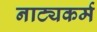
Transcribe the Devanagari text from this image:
नाट्यकर्म